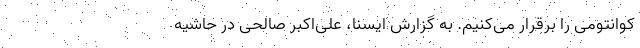
کوانتومی را برقرار می‌کنیم. به گزارش ایسنا، علی‌اکبر صالحی در حاشیه